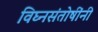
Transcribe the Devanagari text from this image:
विघ्नसंतोषींनी